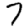
Digit: 7